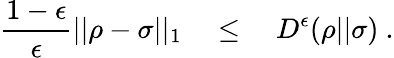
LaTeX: {\frac{1-\epsilon}{\epsilon}}||\rho-\sigma||_{1}\quad\leq\quad D^{\epsilon}(\rho||\sigma)~.